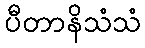
ပီတာနိသံသံ